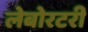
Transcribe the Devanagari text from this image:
लेबोरटरी